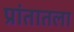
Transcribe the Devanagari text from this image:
प्रांतातला